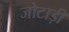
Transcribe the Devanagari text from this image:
जोटाड़ी